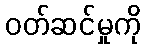
ဝတ်ဆင်မှုကို